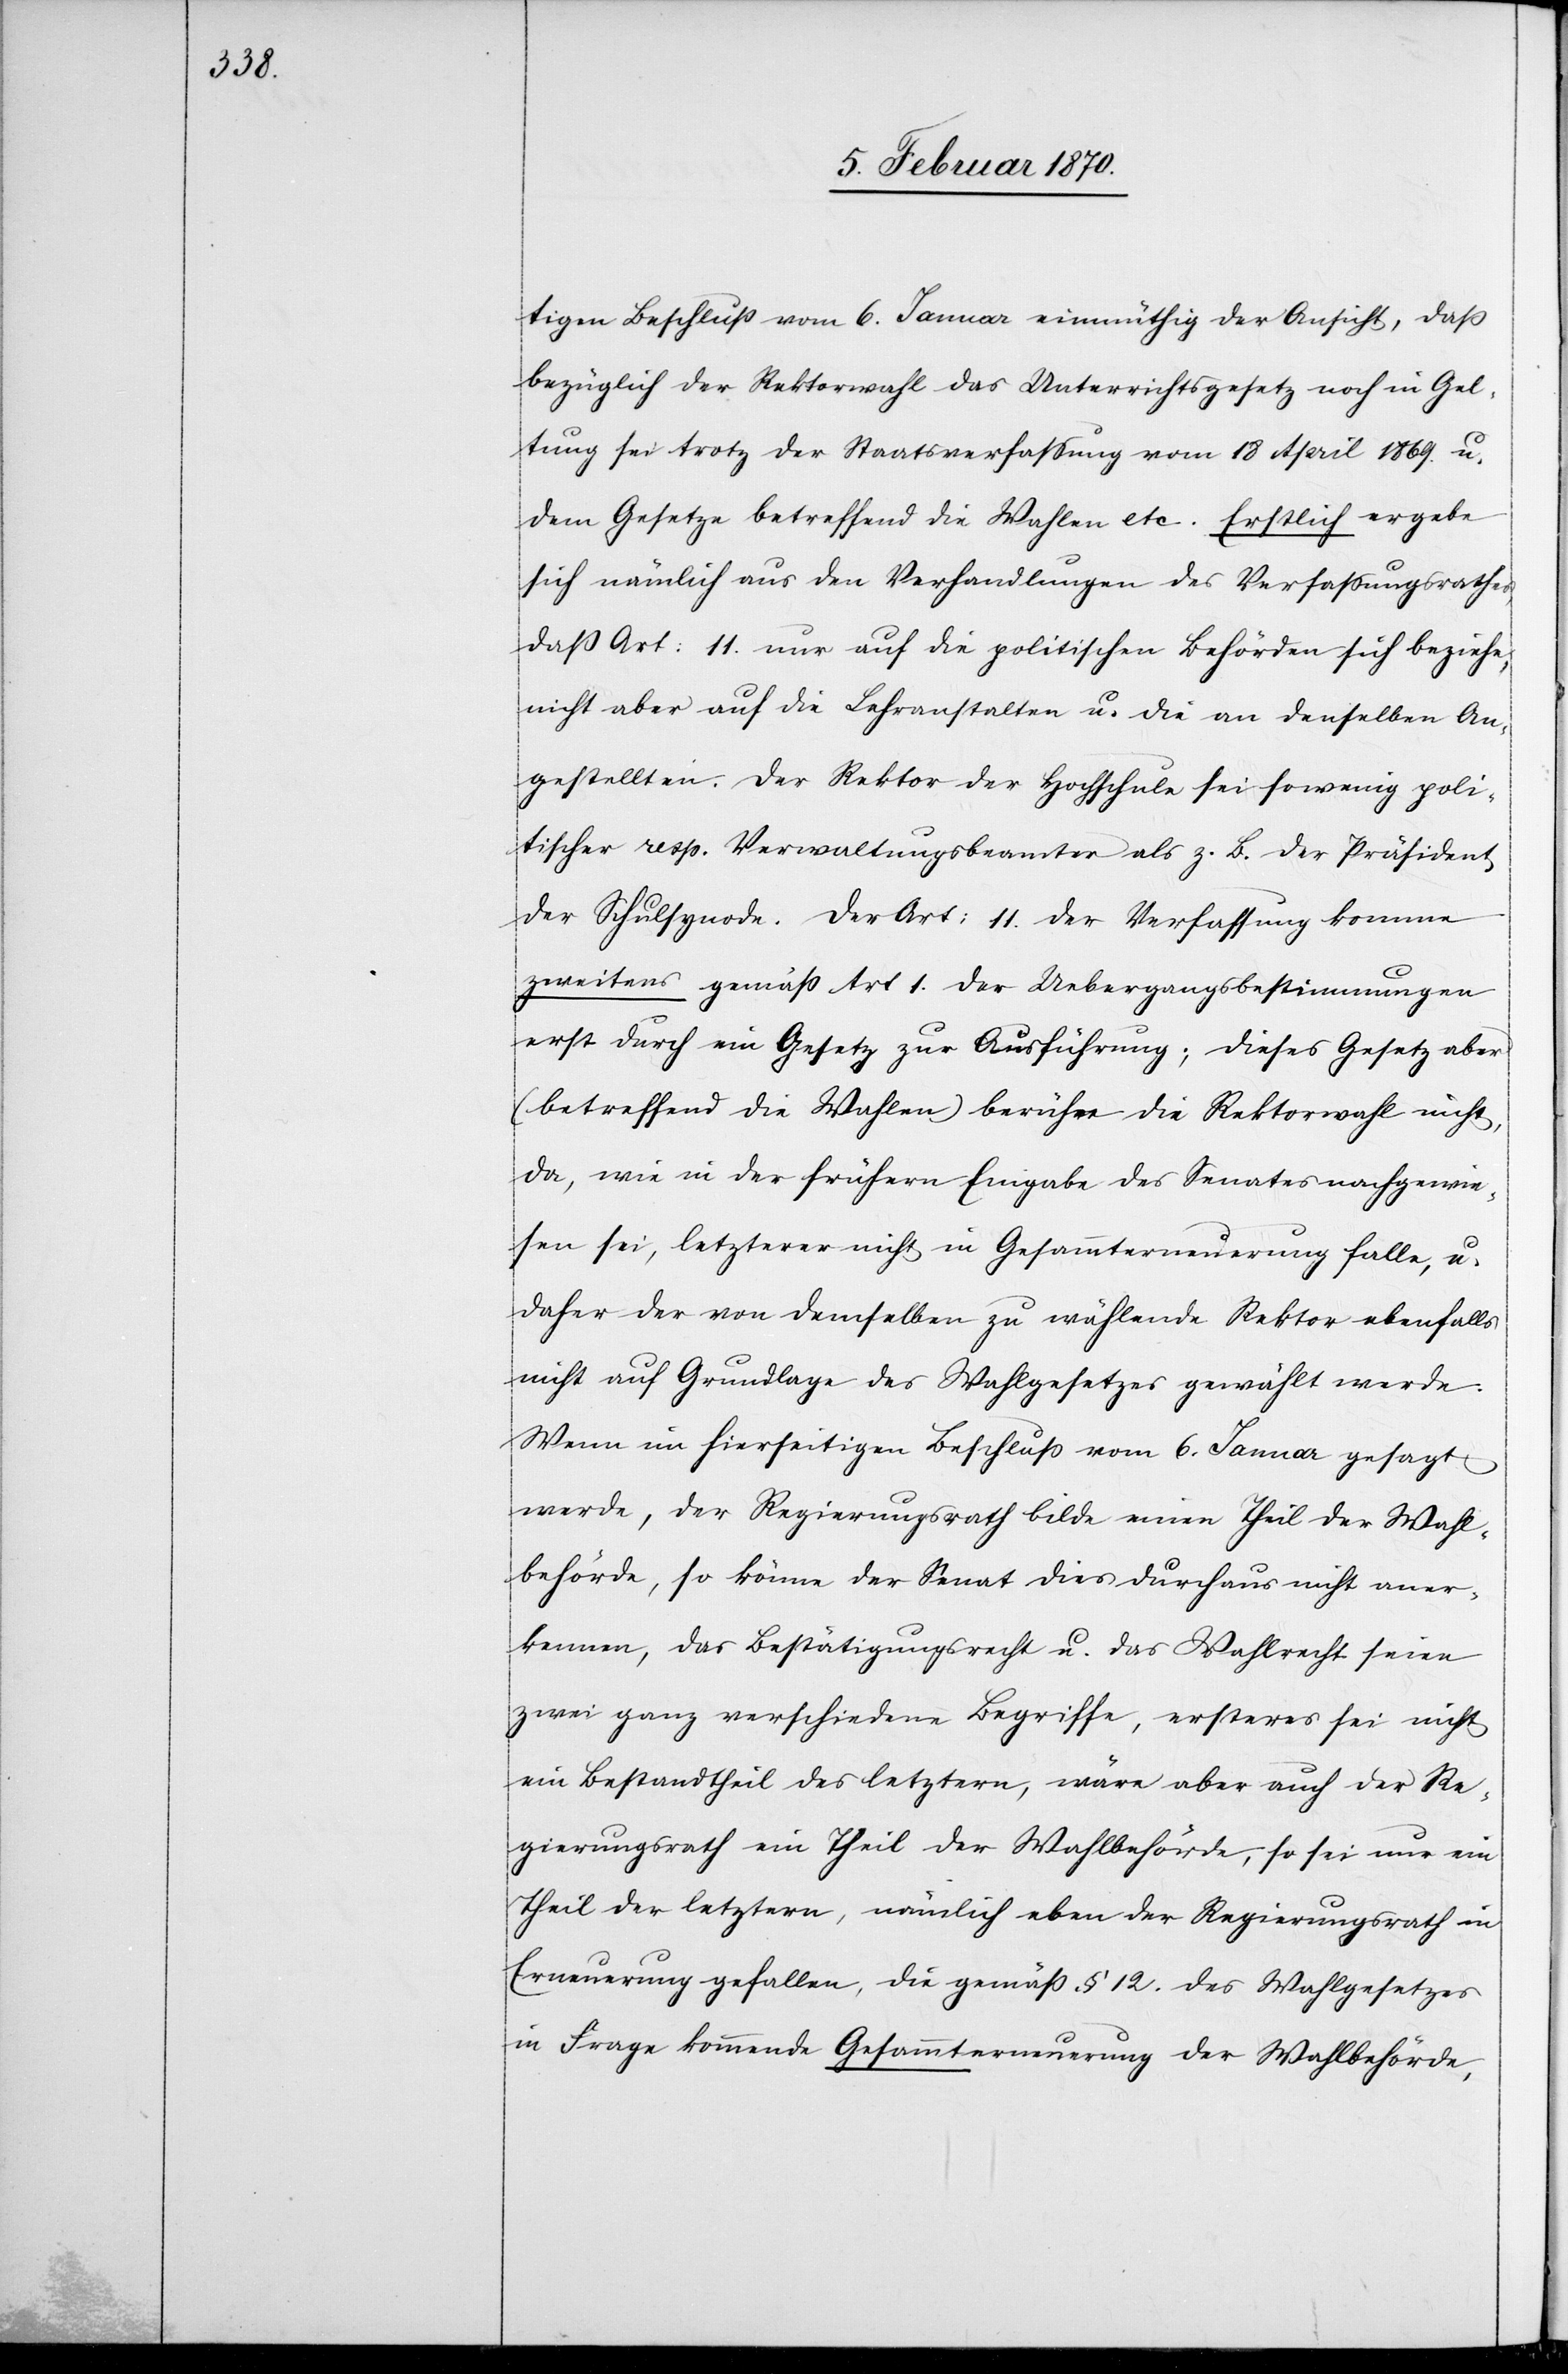
tigen Beschluß vom 6. Januar einmüthig der Ansicht, daß
bezüglich der Rektorwahl das Unterrichtsgesetz noch in Gel¬
tung sei trotz der Staatsverfassßung vom 18 April 1869. u.
dem Gesetze betreffend die Wahlen etc. Erstlich ergebe
sich nämlich aus den Verhandlungen des Verfassungsrathes,
daß Art: 11. nur auf die politischen Behörden sich beziehe,
nicht aber auf die Lehranstalten u. die an denselben An¬
gestellten. Der Rektor der Hochschule sei so wenig poli¬
tischer resp. Verwaltungsbeamter als z. B. der Präsident
der Schulpflege. Der Art: 11. der Verfassung komme
zweitens gemäß Art 1. der Uebergangsbestimmungen
erst durch ein Gesetz zur Ausführung; dieses Gesetz aber
(betreffend die Wahlen) berühre die Rektorwahl nicht,
da, wie in der frühern Eingabe des Senates nachgewie¬
sen sei, letzterer nicht in Gesammterneuerung falle, u.
daher der von demselben zu wählende Rektor ebenfalls
nicht auf Grundlage des Wahlgesetzes gewählt werde.
Wenn im hierseitigen Beschluss vom 6. Januar gesagt
werde, der Regierungsrath bilde einen Theil der Wahl¬
behörde, so könne der Senat dies durchaus nicht aner¬
kennen, das Bestätigungsrecht u. das Wahlrecht seien
zwei ganz verschiedene Begriffe, ersteres sei nicht
ein Bestandtheil des letztern, wäre aber auch der Re¬
gierungsrath ein Theil der Wahlbehörde, so sei nur ein
Theil der letztern, nämlich eben der Regierungsrath in
Erneuerung gefallen, die gemäß § 12. des Wahlgesetzes
in Frage kommende Gesammterneuerung der Wahlbehörde,